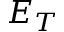
E _ { T }